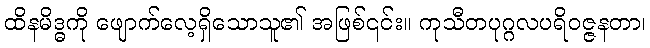
ထိနမိဒ္ဓကို ဖျောက်လေ့ရှိသောသူ၏ အဖြစ်၎င်း။ ကုသီတပုဂ္ဂလပရိဝဇ္ဇနတာ၊